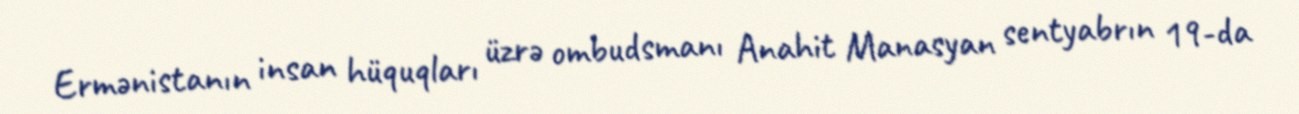
Ermənistanın insan hüquqları üzrə ombudsmanı Anahit Manasyan sentyabrın 19-da